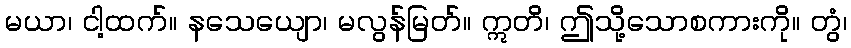
မယာ၊ ငါ့ထက်။ နသေယျော၊ မလွန်မြတ်။ ဣတိ၊ ဤသို့သောစကားကို။ တွံ၊